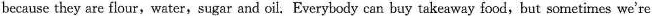
because they are flour,water,sugar and oil. Everybody can buy takeaway food,but sornetimes we're